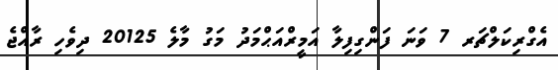
އެގްރިކަލްޗަރ 7 ވަނަ ފަންގިފިލާ އަމީރްއަޙްމަދު މަގު މާލެ 20125 ދިވެހި ރާއްޖެ